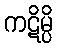
ကဋိမ္ပိ